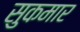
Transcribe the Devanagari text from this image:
सुकमार